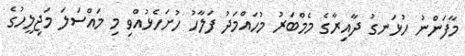
މާފަންނު ހުޅަނގު ދާއިރާގެ މެމްބަރު މުހައްމަދު ފަލާހު ހުށަހެޅުއްވި މި މައްސަލަ މަޖިލީހުގެ